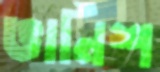
ভার্নিশ